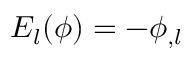
E _ { l } ( \phi ) = - \phi _ { , l }